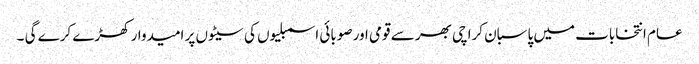
عام انتخابات میں پاسبان کراچی بھر سے قومی اور صوبائی اسمبلیوں کی سیٹوں پر امیدوار کھڑے کرے گی ۔